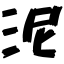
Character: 泥